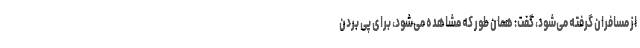
از مسافران گرفته می‌شود، گفت: همان طور که مشاهده می‌شود، برای پی بردن